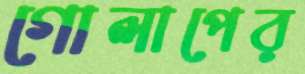
গোলাপের